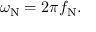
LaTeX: \omega _ { \mathrm { N } } = 2 \pi f _ { \mathrm { N } } .